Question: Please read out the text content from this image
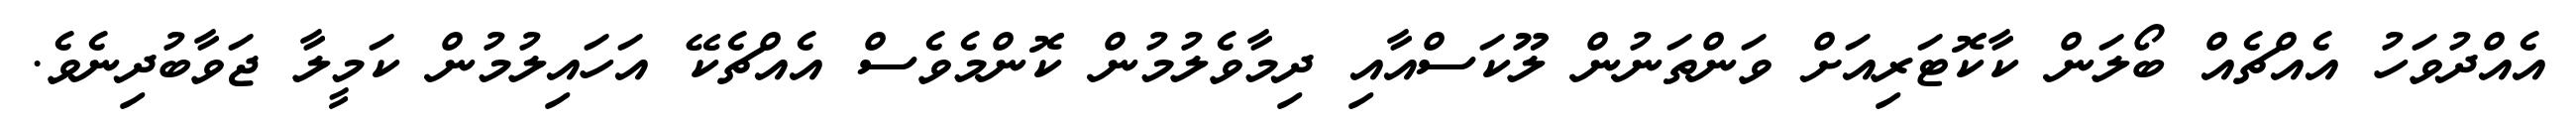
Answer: އެއްދުވަހު އެއްޗެއް ބޯލަން ކާކޮޓަރިއަށް ވަންތަނުން ލޫކަސްއާއި ދިމާވެލުމުން ކޮންމެވެސް އެއްޗެކޭ އަހައިލުމުން ކަމީލާ ޖަވާބުދިނެވެ.